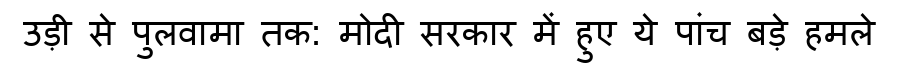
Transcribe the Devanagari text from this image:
उड़ी से पुलवामा तक: मोदी सरकार में हुए ये पांच बड़े हमले